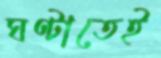
ঘণ্টাতেই